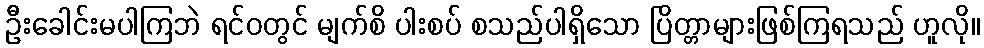
ဦးခေါင်းမပါကြဘဲ ရင်ဝတွင် မျက်စိ ပါးစပ် စသည်ပါရှိသော ပြိတ္တာများဖြစ်ကြရသည် ဟူလို။